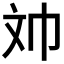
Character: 𱡢